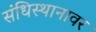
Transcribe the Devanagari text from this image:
संधिस्थानावर